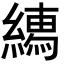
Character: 𦅎